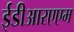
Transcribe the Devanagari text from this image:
ईडीआरएएम